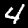
Label: 4